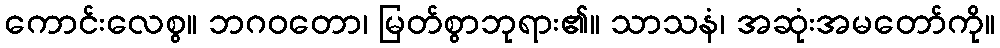
ကောင်းလေစွ။ ဘဂဝတော၊ မြတ်စွာဘုရား၏။ သာသနံ၊ အဆုံးအမတော်ကို။